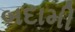
બદામી